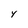
Character: 4